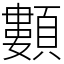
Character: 䫫